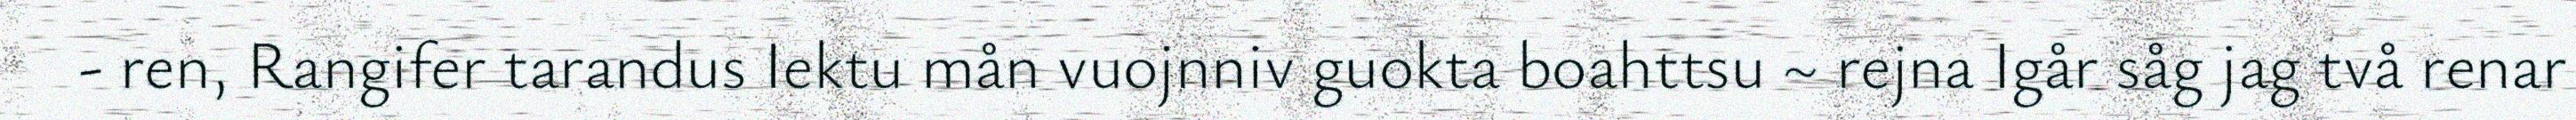
- ren, Rangifer tarandus Iektu mån vuojnniv guokta boahttsu ~ rejna Igår såg jag två renar